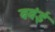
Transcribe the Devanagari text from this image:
बबंई